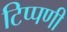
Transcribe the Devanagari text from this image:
टिप्‍पणी